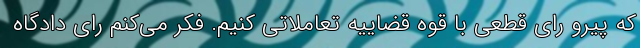
که پیرو رای قطعی با قوه قضاییه تعاملاتی کنیم. فکر می‌کنم رای دادگاه